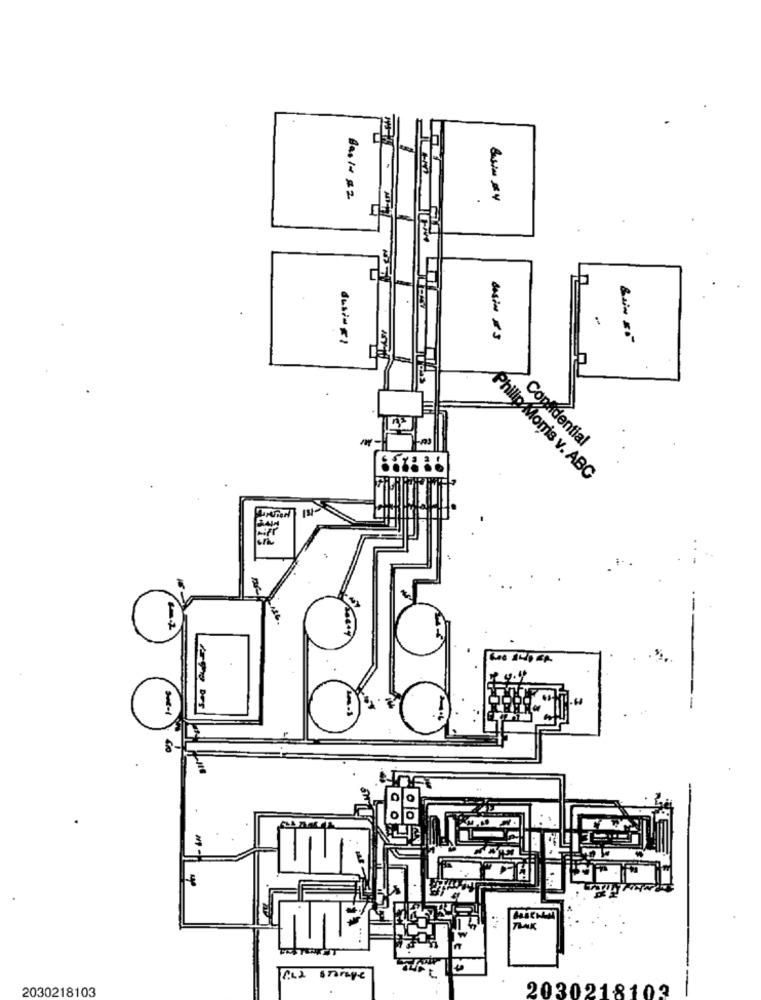
dwi-FI
BASIN BS
Confidential
Philip Morris v. ABC
....
PLL storage
2030218103
2030218103